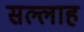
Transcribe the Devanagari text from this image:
सल्लाह